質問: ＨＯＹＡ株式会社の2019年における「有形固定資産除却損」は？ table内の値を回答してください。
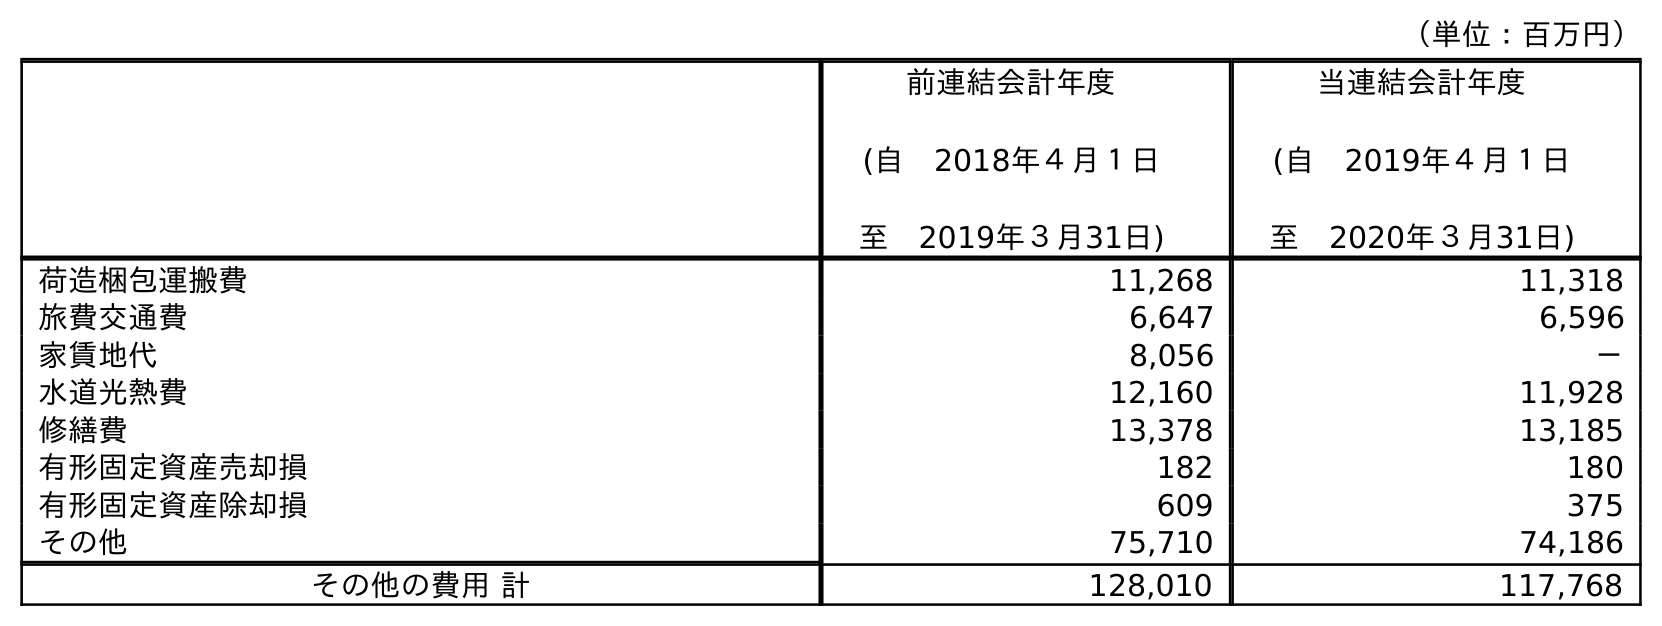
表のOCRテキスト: （単位：百万円） 前連結会計年度 (自 2018年４月１日 至 2019年３月31日) 当連結会計年度 (自 2019年４月１日 至 2020年３月31日) 荷造梱包運搬費 11,268 11,318 旅費交通費 6,647 6,596 家賃地代 8,056 － 水道光熱費 12,160 11,928 修繕費 13,378 13,185 有形固定資産売却損 182 180 有形固定資産除却損 609 375 その他 75,710 74,186 その他の費用 計 128,010 117,768
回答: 609